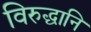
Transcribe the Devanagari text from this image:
विरुद्धानि